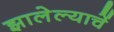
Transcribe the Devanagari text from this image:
झालेल्याचें